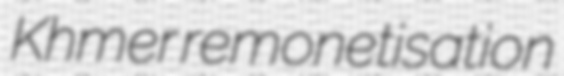
Khmer remonetisation